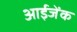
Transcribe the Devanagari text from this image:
आईजेंक